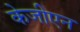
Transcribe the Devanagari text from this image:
केजीएन